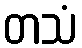
တသံ